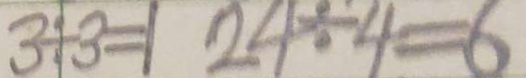
3 \div 3 = 1 2 4 \div 4 = 6